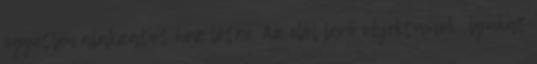
egyetlen alakzatot hoz létre. Az elöl lévő objektumok „lyukat